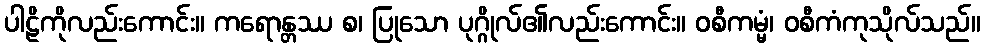
ပါဠိကိုလည်းကောင်း။ ကရောန္တဿ စ၊ ပြုသော ပုဂ္ဂိုလ်၏လည်းကောင်း။ ဝစီကမ္မံ၊ ဝစီကံကုသိုလ်သည်။